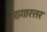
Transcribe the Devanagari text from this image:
नागारत्तर